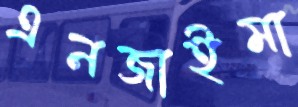
এনজাইমা